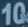
10